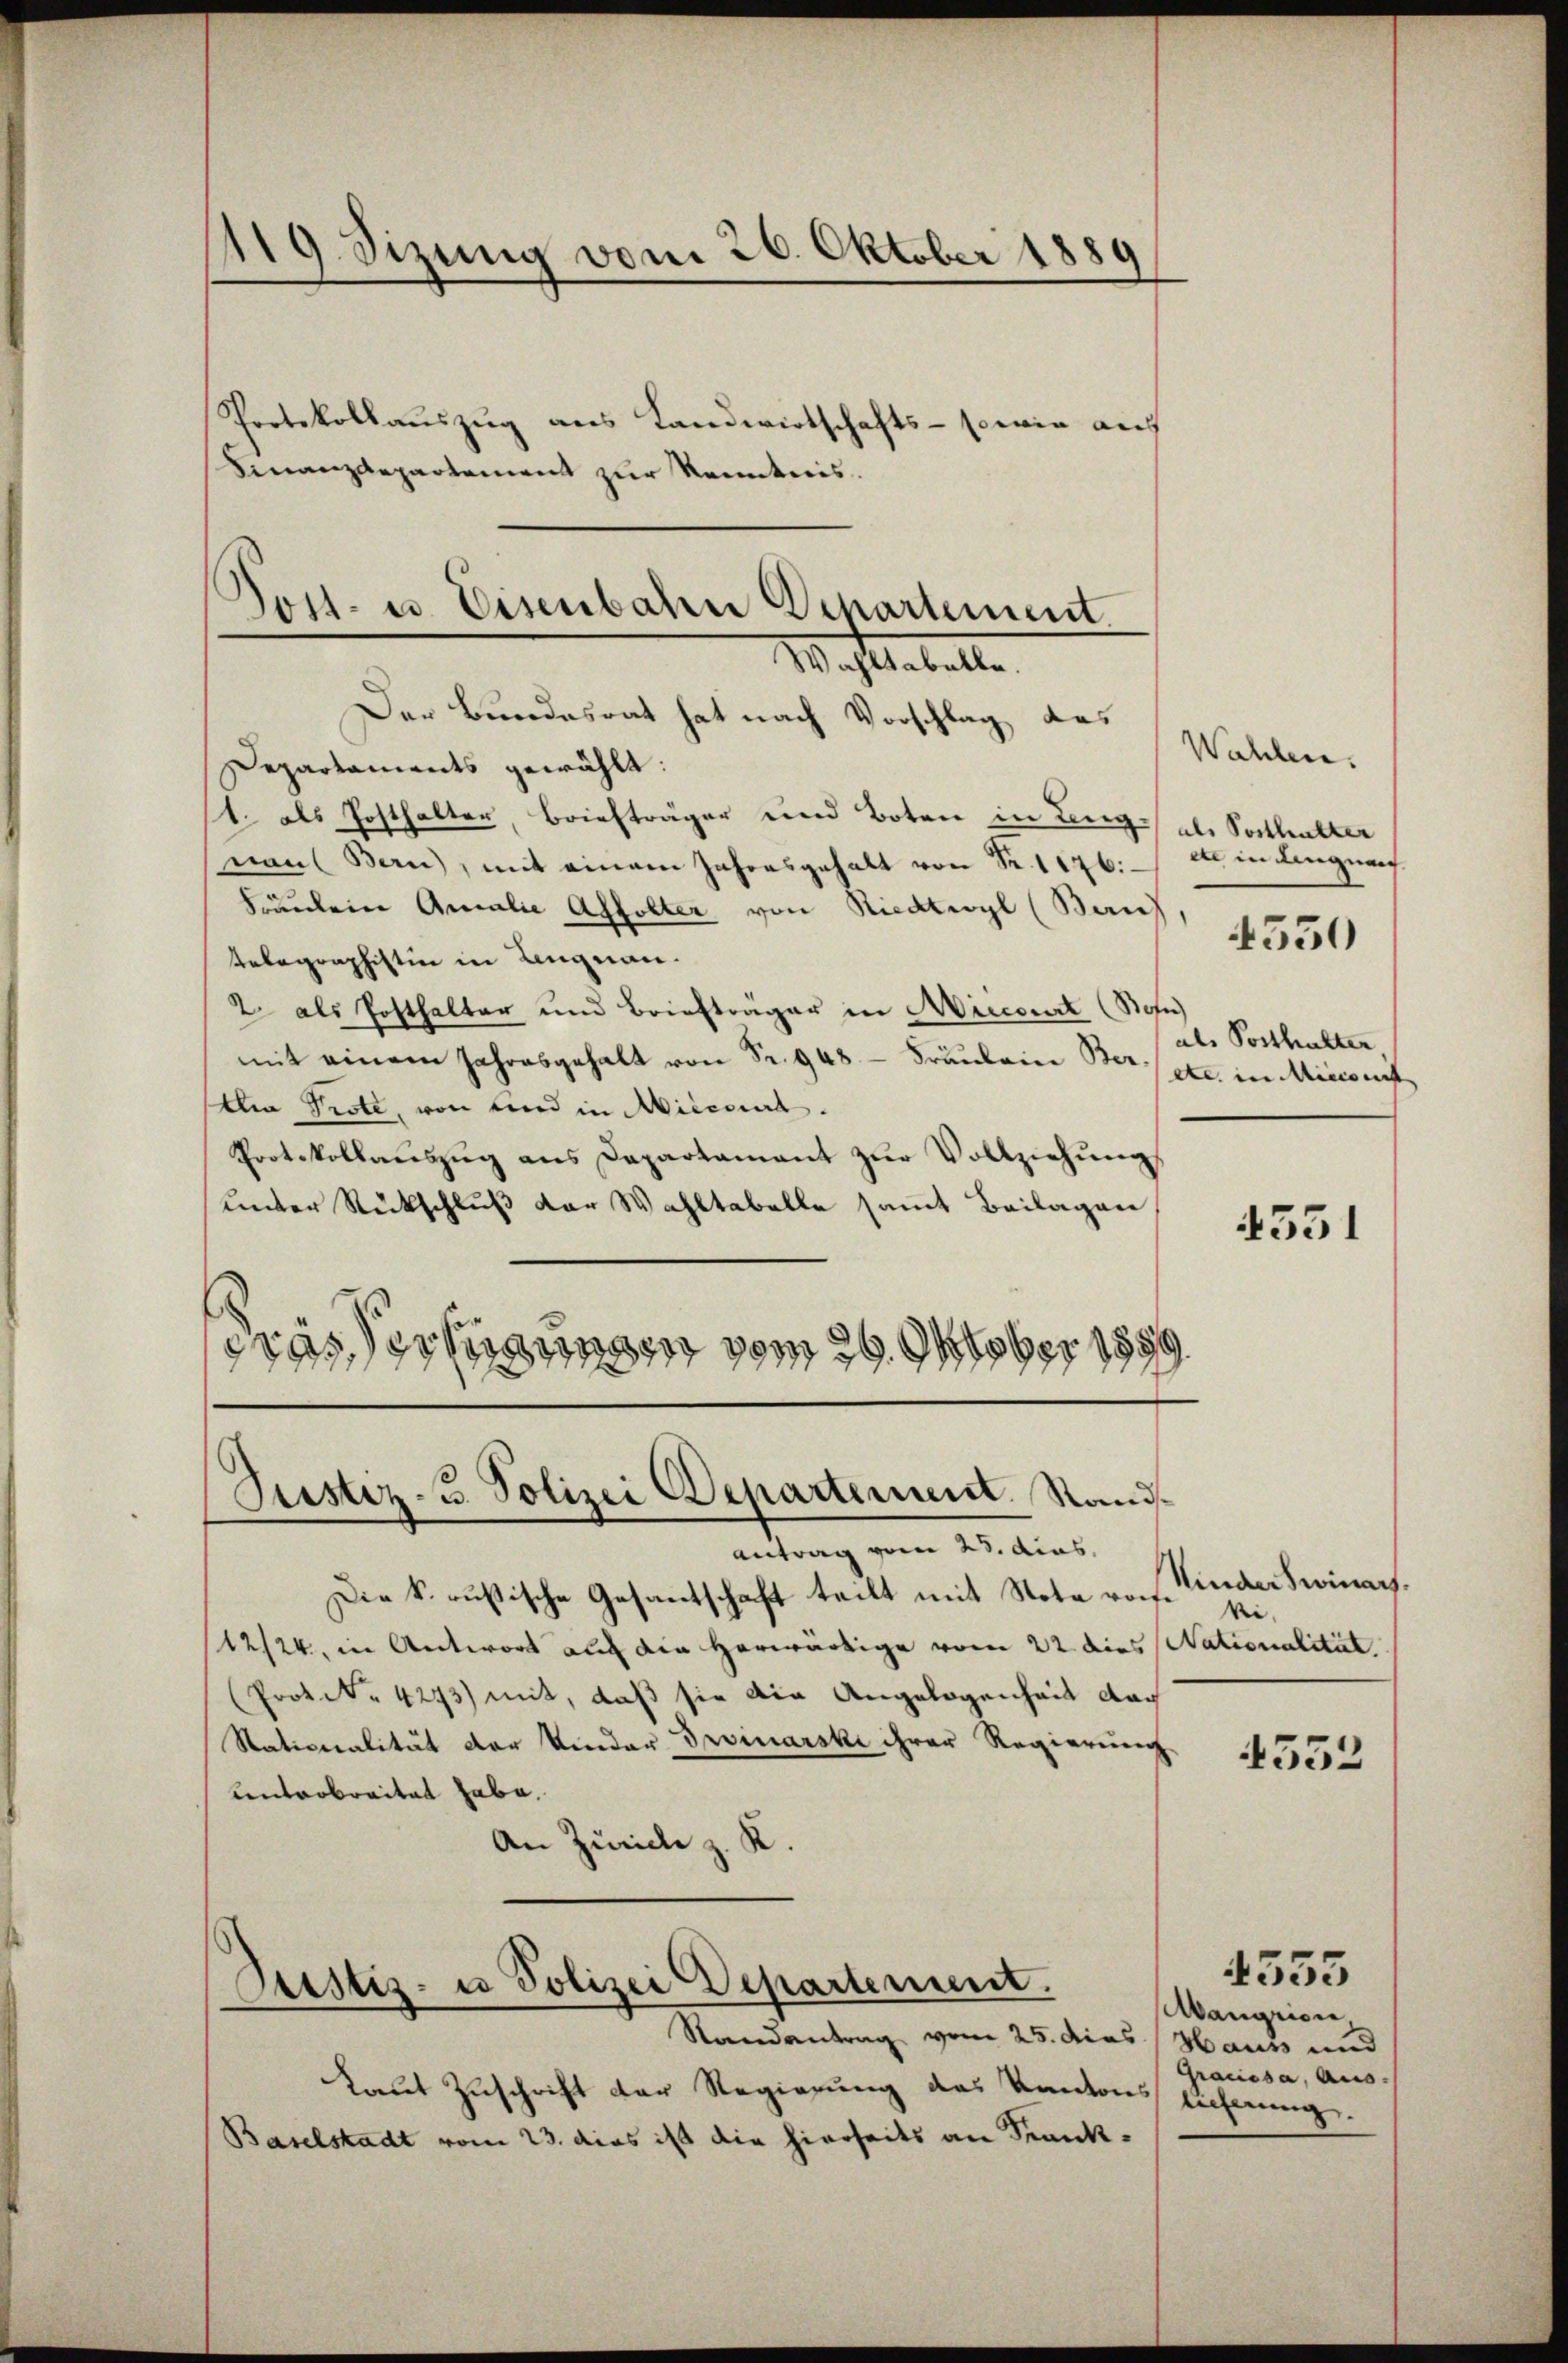
119 Sizung vom 26. Oktober 1889
Protokollauszug aus Landwirtschafts- sowie auf
Finanzdepartement zur Kenntnis.

Der Bundesrat hat nach Vorschlag das
Departaments gewählt:
t. als Posthalter, Briefträger und Boten in Leng des Sosthalter
naus Bern, mit einem Jahresgehalt von Fr. 1176: d in Lingnau
Fräulein Amalie Affolter von Riedtwyl (Ban
Relegraphistin in Ungnau.
2. als Posthalter und Briefträger in Aiicourt (Sohn
mit einem Jahresgehalt von Sr. 948 - Fräuleine Berate in Miesent
Ain Prote, von und in Mieccirt.
Protokollaŭszŭg ans Departamant zŭr Vollziehŭng
under Rückschluß der Wahltabelle samt Beilagen
prasserung vom 29. Oktober 1859.

Sost- u. Eisenbahn Departement.
Wahtabelle

Laut Zuschrift der Regierung des Kantons licherung.
Baselstadt vom 23. dies ist die hierseits an Krank¬

Justiz- u. Polizei Departement. Sand¬

antrag vom 23. dies
Die k. russische Gesantschaft teilt mit Notaroche si¬
(1224, in Antwort auch die herwärtige vom 22 dies Nationalität
Prot. 4293) mit, daß sie die Angelegenheit dag
Stationalität der Vinder Devinarski ihrer Regierung
lentarbreitet habe.
An Zürich z. K.

Prestiz- u Polizei Departement.
Randantrag vom 25. dies Haus und

Wahlen.
als Posthalter

4550

4331

Minderswinars.

4532

Aangrien,
Graissa, Aus-

4555